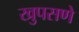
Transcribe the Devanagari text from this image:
खुपसणे